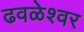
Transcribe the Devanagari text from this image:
ढवळेश्वर